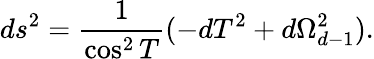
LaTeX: ds^{2}={\frac{1}{\cos^{2}T}}(-dT^{2}+d\Omega_{d-1}^{2}).